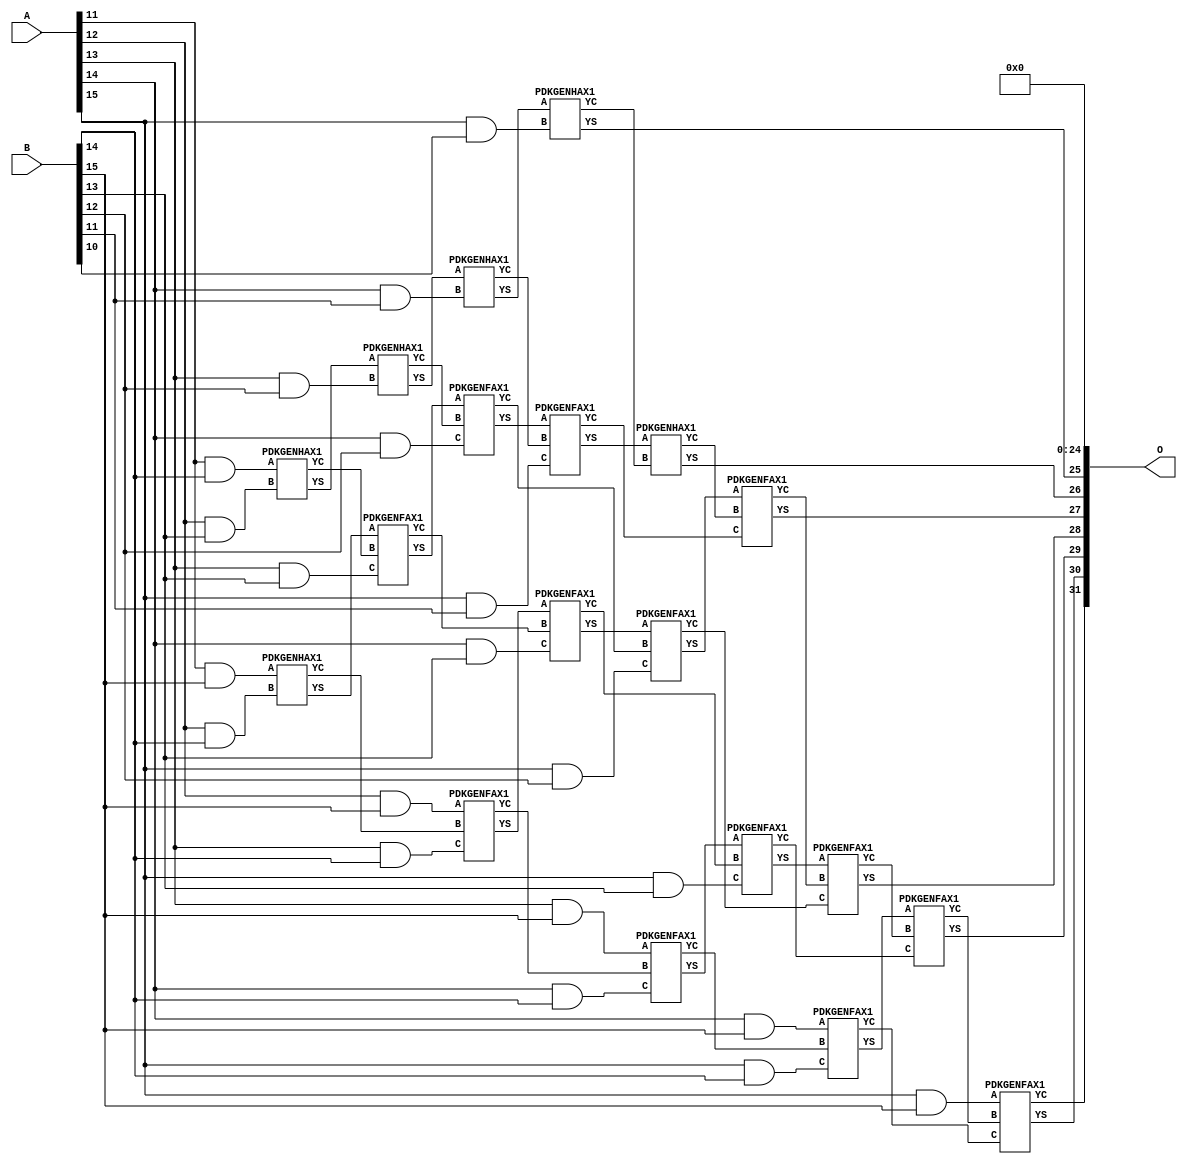
/***
* This code is a part of EvoApproxLib library (ehw.fit.vutbr.cz/approxlib) distributed under The MIT License.
* When used, please cite the following article(s): V. Mrazek, Z. Vasicek, L. Sekanina, H. Jiang and J. Han, "Scalable Construction of Approximate Multipliers With Formally Guaranteed Worst Case Error" in IEEE Transactions on Very Large Scale Integration (VLSI) Systems, vol. 26, no. 11, pp. 2572-2576, Nov. 2018. doi: 10.1109/TVLSI.2018.2856362 
* This file contains a circuit from a sub-set of pareto optimal circuits with respect to the pwr and mse parameters
***/
// MAE% = 1.76 %
// MAE = 75464704 
// WCE% = 7.03 %
// WCE = 301858817 
// WCRE% = 100.00 %
// EP% = 100.00 %
// MRE% = 19.30 %
// MSE = 73909.015e11 
// PDK45_PWR = 0.101 mW
// PDK45_AREA = 244.0 um2
// PDK45_DELAY = 1.03 ns


module mul16u_H6G ( A, B, O );
  input [15:0] A;
  input [15:0] B;
  output [31:0] O;

  wire C_12_13,C_12_14,C_13_12,C_13_13,C_13_14,C_14_11,C_14_12,C_14_13,C_14_14,C_15_10,C_15_11,C_15_12,C_15_13,C_15_14,C_16_10,C_16_11,C_16_12,C_16_13,C_16_14,S_11_14,S_11_15,S_12_13,S_12_14,S_12_15,S_13_12,S_13_13,S_13_14,S_13_15,S_14_11,S_14_12,S_14_13,S_14_14,S_14_15,S_15_10,S_15_11,S_15_12,S_15_13,S_15_14,S_15_15,S_16_10,S_16_11,S_16_12,S_16_13,S_16_14,S_16_15,S_16_9;

  assign S_11_14 = (A[11] & B[14]);
  assign S_11_15 = (A[11] & B[15]);
  PDKGENHAX1 U231294 (.A(S_11_14), .B((A[12] & B[13])), .YS(S_12_13), .YC(C_12_13));
  PDKGENHAX1 U231295 (.A(S_11_15), .B((A[12] & B[14])), .YS(S_12_14), .YC(C_12_14));
  assign S_12_15 = (A[12] & B[15]);
  PDKGENHAX1 U231309 (.A(S_12_13), .B((A[13] & B[12])), .YS(S_13_12), .YC(C_13_12));
  PDKGENFAX1 U231310 (.A(S_12_14), .B(C_12_13), .C((A[13] & B[13])), .YS(S_13_13), .YC(C_13_13));
  PDKGENFAX1 U231311 (.A(S_12_15), .B(C_12_14), .C((A[13] & B[14])), .YS(S_13_14), .YC(C_13_14));
  assign S_13_15 = (A[13] & B[15]);
  PDKGENHAX1 U231324 (.A(S_13_12), .B((A[14] & B[11])), .YS(S_14_11), .YC(C_14_11));
  PDKGENFAX1 U231325 (.A(S_13_13), .B(C_13_12), .C((A[14] & B[12])), .YS(S_14_12), .YC(C_14_12));
  PDKGENFAX1 U231326 (.A(S_13_14), .B(C_13_13), .C((A[14] & B[13])), .YS(S_14_13), .YC(C_14_13));
  PDKGENFAX1 U231327 (.A(S_13_15), .B(C_13_14), .C((A[14] & B[14])), .YS(S_14_14), .YC(C_14_14));
  assign S_14_15 = (A[14] & B[15]);
  PDKGENHAX1 U231339 (.A(S_14_11), .B((A[15] & B[10])), .YS(S_15_10), .YC(C_15_10));
  PDKGENFAX1 U231340 (.A(S_14_12), .B(C_14_11), .C((A[15] & B[11])), .YS(S_15_11), .YC(C_15_11));
  PDKGENFAX1 U231341 (.A(S_14_13), .B(C_14_12), .C((A[15] & B[12])), .YS(S_15_12), .YC(C_15_12));
  PDKGENFAX1 U231342 (.A(S_14_14), .B(C_14_13), .C((A[15] & B[13])), .YS(S_15_13), .YC(C_15_13));
  PDKGENFAX1 U231343 (.A(S_14_15), .B(C_14_14), .C((A[15] & B[14])), .YS(S_15_14), .YC(C_15_14));
  assign S_15_15 = (A[15] & B[15]);
  assign S_16_9 = S_15_10;
  PDKGENHAX1 U231355 (.A(S_15_11), .B(C_15_10), .YS(S_16_10), .YC(C_16_10));
  PDKGENFAX1 U231356 (.A(S_15_12), .B(C_16_10), .C(C_15_11), .YS(S_16_11), .YC(C_16_11));
  PDKGENFAX1 U231357 (.A(S_15_13), .B(C_16_11), .C(C_15_12), .YS(S_16_12), .YC(C_16_12));
  PDKGENFAX1 U231358 (.A(S_15_14), .B(C_16_12), .C(C_15_13), .YS(S_16_13), .YC(C_16_13));
  PDKGENFAX1 U231359 (.A(S_15_15), .B(C_16_13), .C(C_15_14), .YS(S_16_14), .YC(C_16_14));
  assign S_16_15 = C_16_14;
  assign O = {S_16_15,S_16_14,S_16_13,S_16_12,S_16_11,S_16_10,S_16_9,1'b0,1'b0,1'b0,1'b0,1'b0,1'b0,1'b0,1'b0,1'b0,1'b0,1'b0,1'b0,1'b0,1'b0,1'b0,1'b0,1'b0,1'b0,1'b0,1'b0,1'b0,1'b0,1'b0,1'b0,1'b0};

endmodule

/* mod */
module PDKGENHAX1( input A, input B, output YS, output YC );
    assign YS = A ^ B;
    assign YC = A & B;
endmodule
/* mod */
module PDKGENFAX1( input A, input B, input C, output YS, output YC );
    assign YS = (A ^ B) ^ C;
    assign YC = (A & B) | (B & C) | (A & C);
endmodule